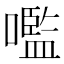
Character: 嚂